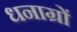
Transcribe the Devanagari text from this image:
धनाग्रों